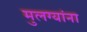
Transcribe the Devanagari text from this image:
मुलग्यांना